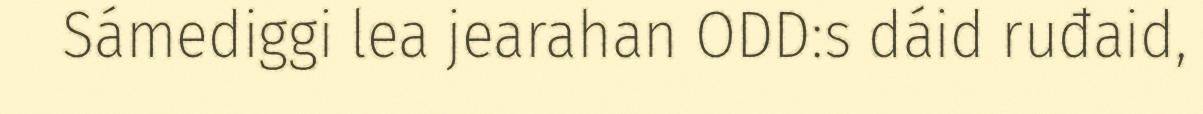
Sámediggi lea jearahan ODD:s dáid ruđaid,